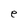
Character: e